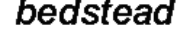
bedstead